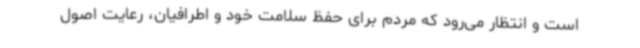
است و انتظار می‌رود که مردم برای حفظ سلامت خود و اطرافیان، رعایت اصول